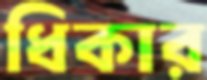
ধিকার